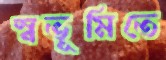
স্বভূমিতে